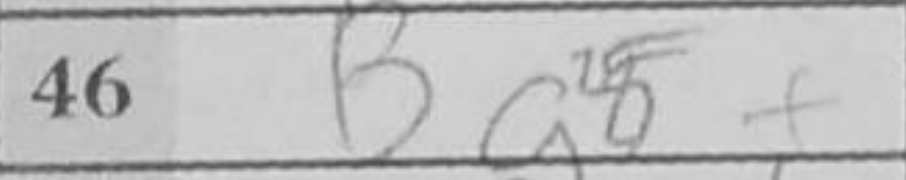
Transcription: Bg8+